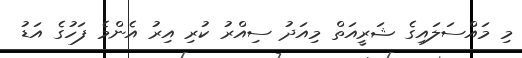
މި މައްސަލައިގެ ޝަރީއަތް މިއަދު ސިއްރު ކުރި އިރު އެންމެ ފަހުގެ އަޑު